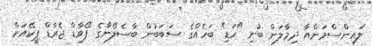
ލައިންސްމަންއާ ދިމާލަށް ބުނި "ހަޑި" ބަހެއްގެ ސަބަބުން ބާސެލޯނާގެ ފޯވާޑް ޖެރާޑް ޕީކޭއަށް